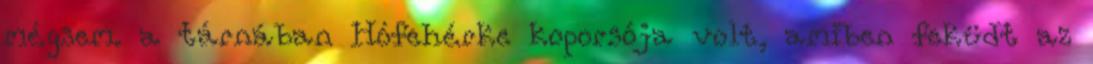
mégsem. a tárnában Hófehérke koporsója volt, amiben feküdt az